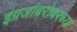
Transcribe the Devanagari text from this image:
इंग्रजांबरोबरच्या